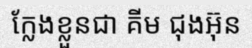
ក្លែងខ្លួនជា គីម ជុងអ៊ុន